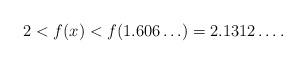
LaTeX: \begin{align*}2<f(x)<f(1.606\ldots)=2.1312\ldots.\end{align*}